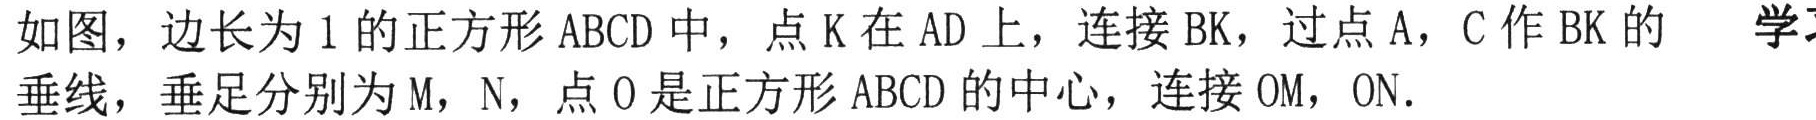
如图，边长为\(1\)的正方形\(ABCD\)中，点\(K\)在\(AD\)上，连接\(BK\)，过点\(A\)，\(C\)作\(BK\)的垂线，垂足分别为\(M\)，\(N\)，点\(O\)是正方形\(ABCD\)的中心，连接\(OM\)，\(ON\).